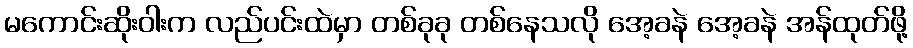
မကောင်းဆိုးဝါးက လည်ပင်းထဲမှာ တစ်ခုခု တစ်နေသလို အေ့ခနဲ အေ့ခနဲ အန်ထုတ်ဖို့